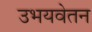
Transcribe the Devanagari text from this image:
उभयवेतन